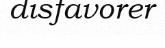
disfavorer